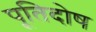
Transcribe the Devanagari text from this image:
पूतिदोष